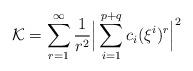
LaTeX: \begin{align*}\mathcal{K}=\sum_{r=1}^{\infty}\frac{1}{r^2}\Big|\sum_{i=1}^{p+q}c_i(\xi^i)^r\Big|^2 \end{align*}